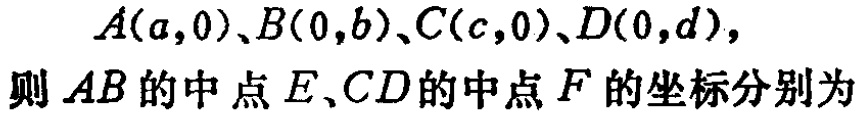
\(A(a,0)、B(0,b)、C(c,0)、D(0,d)，\)
则 \(AB\) 的中点 \(E、CD\) 的中点 \(F\) 的坐标分别为